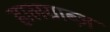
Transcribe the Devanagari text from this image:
हालग्राब्ज़